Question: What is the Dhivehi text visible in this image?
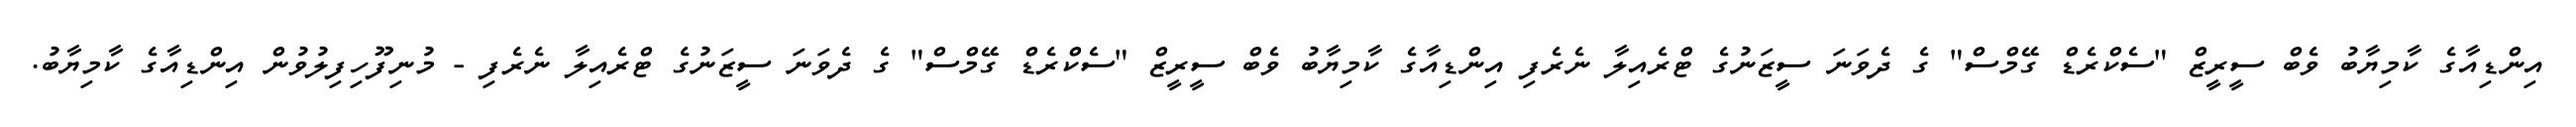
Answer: އިންޑިއާގެ ކާމިޔާބު ވެބް ސީރީޒް "ސެކްރެޑް ގޭމްސް" ގެ ދެވަނަ ސީޒަނުގެ ޓްރެއިލާ ނެރެފި އިންޑިއާގެ ކާމިޔާބު ވެބް ސީރީޒް "ސެކްރެޑް ގޭމްސް" ގެ ދެވަނަ ސީޒަނުގެ ޓްރެއިލާ ނެރެފި - މުނިފޫހިފިލުވުން އިންޑިއާގެ ކާމިޔާބު.